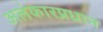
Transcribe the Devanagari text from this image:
अलंकारप्रधान